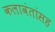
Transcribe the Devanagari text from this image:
कलावंतांसह